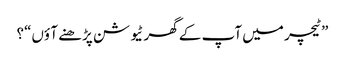
”ٹیچر میں آپ کے گھر ٹیو شن پڑھنے آ ؤں“؟